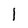
Character: 1